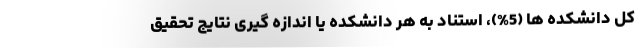
کل دانشکده ها (5%)، استناد به هر دانشکده یا اندازه گیری نتایج تحقیق